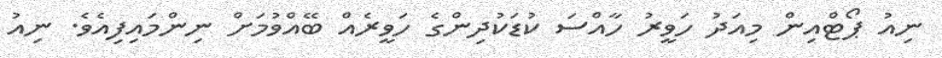
ނިއު ޕޯޓްއިން މިއަދު ހަވީރު ހާއްސަ ކުޑަކުދިންގެ ހަވީރެއް ބޭއްވުމަށް ނިންމައިފިއެވެ. ނިއު